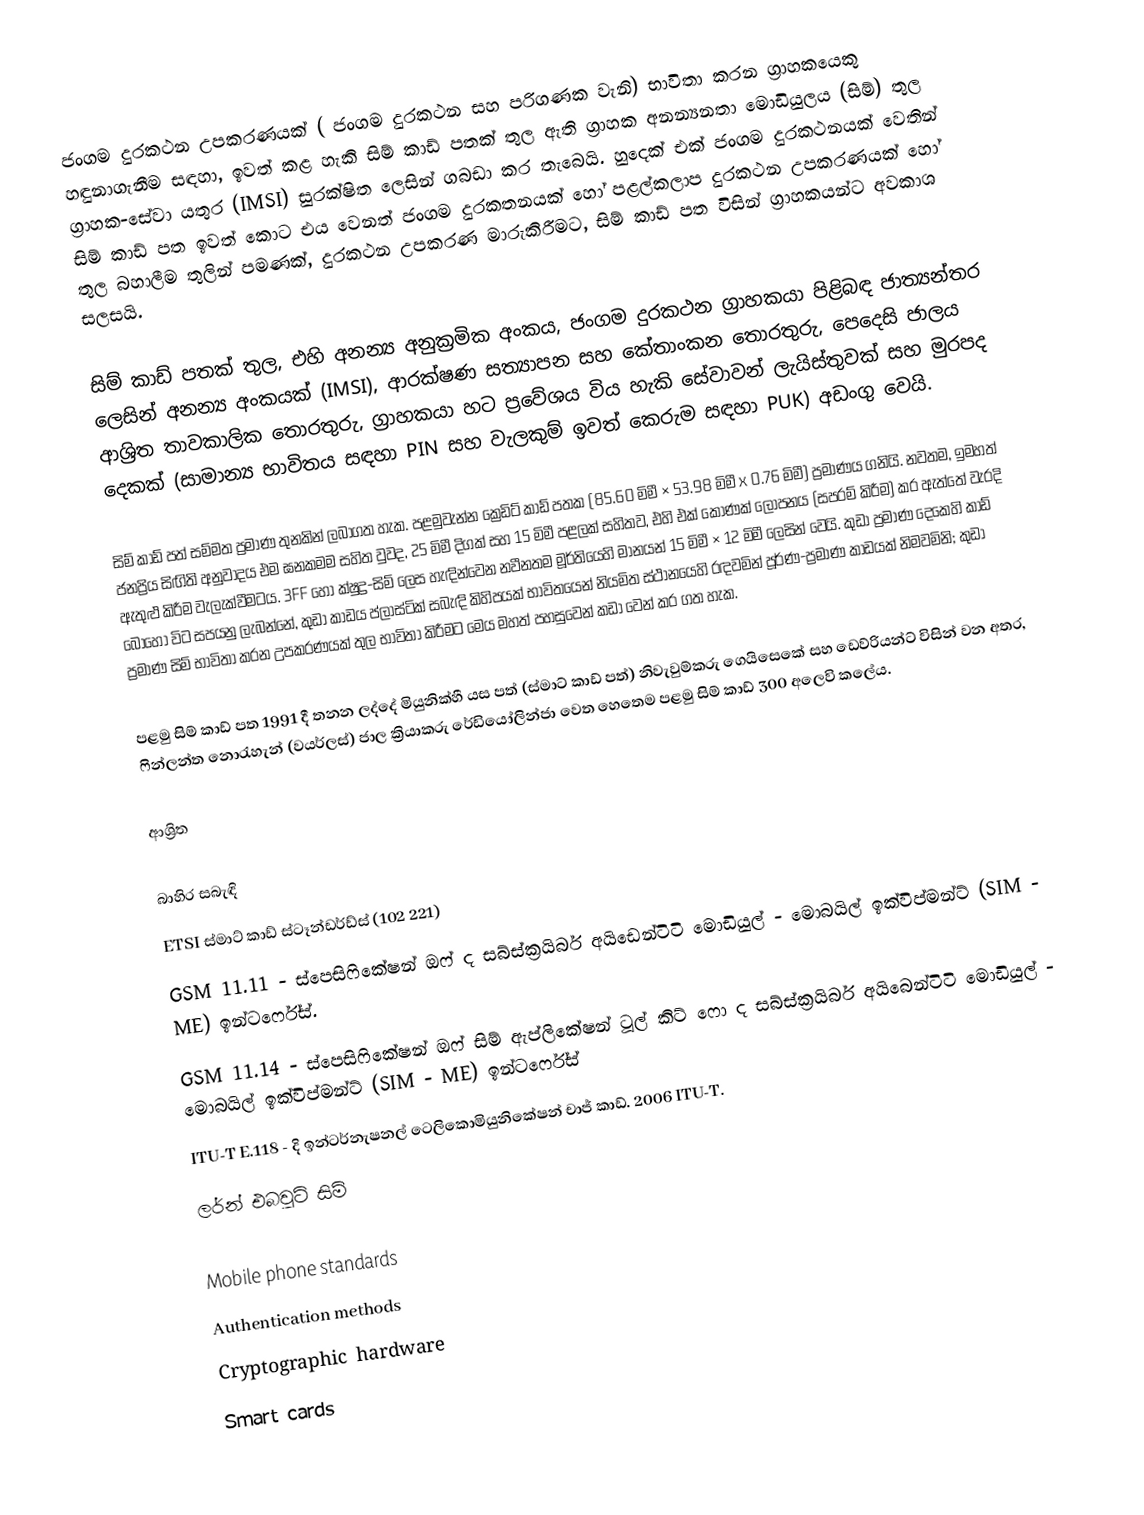
ජංගම දුරකථන උපකරණයක් ( ජංගම දුරකථන සහ පරිගණක වැනි) භාවිතා කරන ග්‍රාහකයෙකු හඳුනාගැනීම සඳහා, ඉවත් කළ හැකි  සිම් කාඩ් පතක් තුල ඇති  ග්‍රාහක අනන්‍යනතා මොඩියුලය (සිම්) තුල ග්‍රාහක-සේවා යතුර (IMSI) සුරක්ෂිත ලෙසින් ගබඩා කර තැබෙයි. හුදෙක් එක් ජංගම දුරකථනයක් වෙතින් සිම් කාඩ් පත ඉවත් කොට එය වෙනත් ජංගම දුරකතනයක් හෝ පළල්කලාප දුරකථන උපකරණයක් හෝ තුල බහාලීම තුලින් පමණක්, දුරකථන උපකරණ මාරුකිරීමට,  සිම් කාඩ් පත විසින් ග්‍රාහකයන්ට අවකාශ සලසයි.

සිම් කාඩ් පතක් තුල,  එහි අනන්‍ය අනුක්‍රමික අංකය, ජංගම දුරකථන ග්‍රාහකයා පිළිබඳ ජාත්‍යන්තර ලෙසින් අනන්‍ය අංකයක් (IMSI), ආරක්ෂණ සත්‍යාපන සහ කේතාංකන තොරතුරු, පෙදෙසි ජාලය ආශ්‍රිත තාවකාලික තොරතුරු, ග්‍රාහකයා හට ප්‍රවේශය විය හැකි සේවාවන් ලැයිස්තුවක් සහ මුරපද දෙකක් (සාමාන්‍ය භාවිතය සඳහා PIN සහ වැලකුම් ඉවත් කෙරුම සඳහා PUK) අඩංගු වෙයි.

සිම් කාඩ් පත් සම්මත ප්‍රමාණ තුනකින් ලබාගත හැක. පළමුවැන්න ක්‍රෙඩිට් කාඩ් පතක (85.60 මිමී × 53.98 මිමී x 0.76 මිමී) ප්‍රමාණය ගනියි. නවතම, ඉමහත් ජනප්‍රිය  සිඟිති අනුවාදය එම ඝනකමම සහිත වුවද, 25 මිමී දිගක් සහ  15 මිමී පළලක් සහිතව, එහි එක් කොණක් ලෝපනය (සපරම් කිරීම) කර ඇත්තේ වැරදි ඇතුළු කිරීම වැලැක්වීමට‍ය. 3FF හෝ ක්ෂුද්‍ර-සිම් ලෙස හැඳින්වෙන නවීනතම මූර්තියෙහි මානයන් 15 මිමී × 12 මිමී ලෙසින් වෙයි. කුඩා ප්‍රමාණ දෙකෙහි කාඩ් බොහෝ විට සපයනු ලැබන්නේ, කුඩා කාඩය ප්ලාස්ටික් සබැඳි කිහිපයක් භාවිතයෙන් නියමිත ස්ථානයෙහි රඳවමින් පූර්ණ-ප්‍රමාණ කාඩයක් නිමවමිනි; කුඩා ප්‍රමාණ සිම් භාවිතා කරන උපකරණයක් තුල භාවිතා කිරීමට මෙය මහත් පහසුවෙන් කඩා වෙන් කර ගත හැක.

පළමු සිම් කාඩ් පත  1991 දී තනන ලද්දේ මියුනික්හී  යස පත් (ස්මාට් කාඩ් පත්) නිවැවුම්කරු  ගෙයිසෙකේ සහ ඩෙව්රියන්ට් විසින් වන අතර, ෆින්ලන්ත නොරැහැන් (වයර්ලස්) ජාල ක්‍රියාකරු  රේඩියෝලින්ජා වෙත හෙතෙම පළමු සිම් කාඩ් 300 අලෙවි කලේය.

ආශ්‍රිත

බාහිර සබැඳි
 ETSI  ස්මාට් කාඩ් ස්ටෑන්ඩර්ඩ්ස් (102 221)
 GSM 11.11 - ස්පෙසිෆිකේෂන් ඔෆ් ද සබ්ස්ක්‍රයිබර් අයිඩෙන්ටිටි මොඩියුල් - මොබයිල් ඉක්විප්මන්ට් (SIM - ME) ඉන්ටර්ෆේස්.
 GSM 11.14 - ස්පෙසිෆිකේෂන්  ඔෆ් සිම් ඇප්ලිකේෂන් ටූල් කිට් ෆො ද සබ්ස්ක්‍රයිබර් අයිබෙන්ටිටි මොඩියුල් - මොබයිල් ඉක්විප්මන්ට් (SIM - ME) ඉන්ටර්ෆේස්
 ITU-T E.118 - දි ඉන්ටර්නැෂනල් ටෙලිකොමියුනිකේෂන් චාජ් කාඩ්. 2006 ITU-T.
 ලර්න් එබවුට් සිම්

Mobile phone standards
Authentication methods
Cryptographic hardware
Smart cards